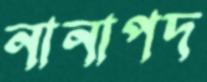
নানাপদ